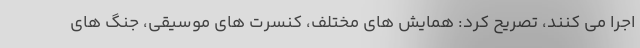
اجرا می کنند، تصریح کرد: همایش های مختلف، کنسرت های موسیقی، جنگ های